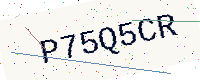
Text: P75Q5CR